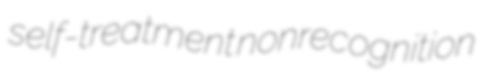
self-treatment nonrecognition